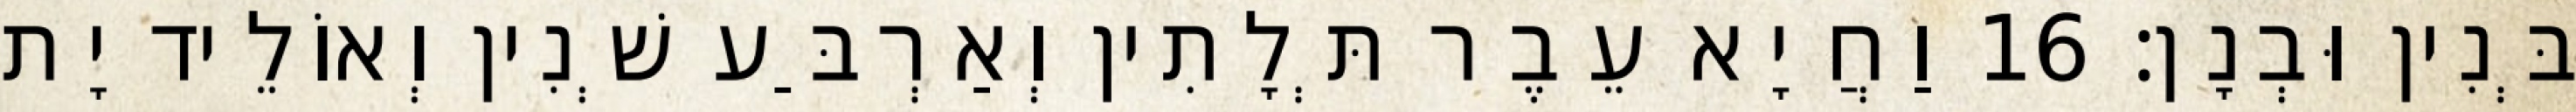
בְּנִין וּבְנָן׃ 16 וַחֲיָא עֵבֶר תְּלָתִין וְאַרְבַּע שְׁנִין וְאוֹלֵיד יָת